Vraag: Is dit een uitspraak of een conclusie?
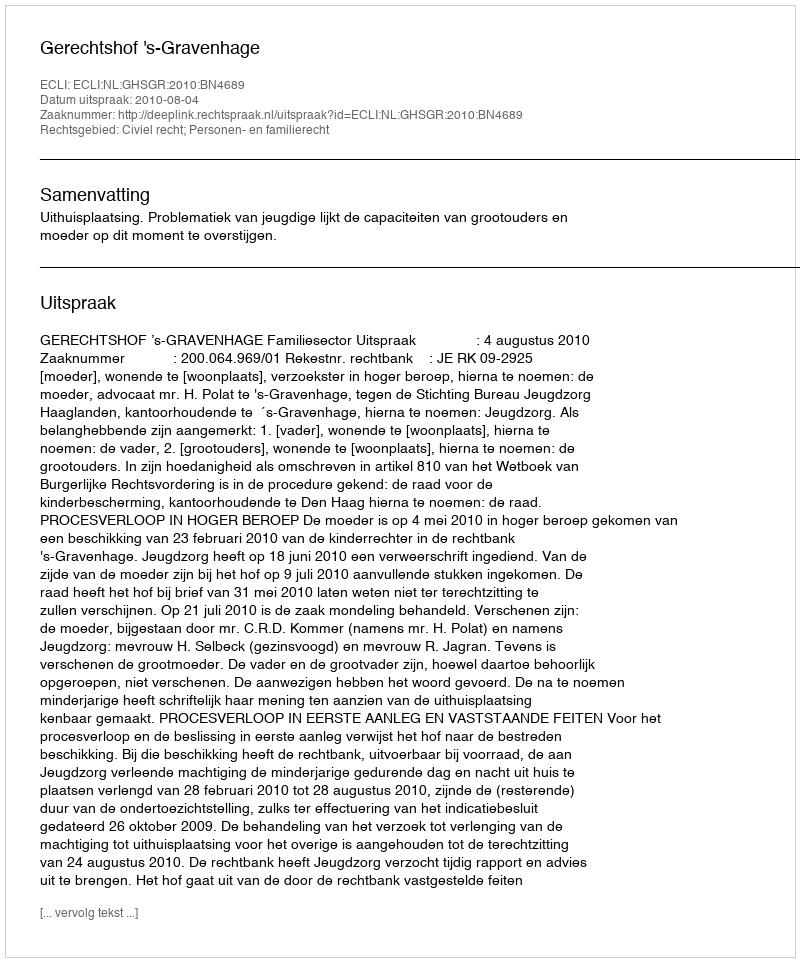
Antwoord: Uitspraak